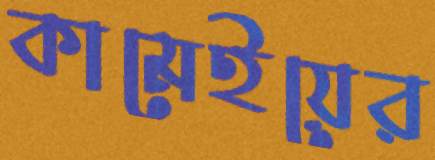
কামেইয়ের